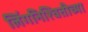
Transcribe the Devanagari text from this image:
लिंगनिश्चितीच्या